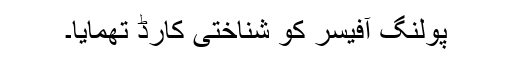
پولنگ آفیسر کو شناختی کارڈ تھمایا۔